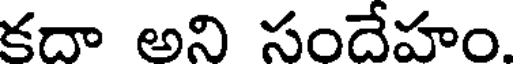
కదా అని సందేహం.